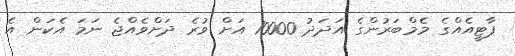
ޕާޓީއެއްގެ މެމްބަރުންގެ އަދަދު 10000 އަށް ވުރެ ދަށްވެއްޖެ ނަމަ އެކަން އެ